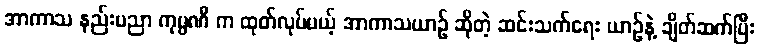
အာကာသ နည်းပညာ ကုမ္ပဏီ က ထုတ်လုပ်မယ့် အာကာသယာဉ် ဆိုတဲ့ ဆင်းသက်ရေး ယာဉ်နဲ့ ချိတ်ဆက်ပြီး